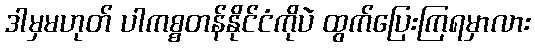
ဒါမှမဟုတ် ပါကစ္စတန်နိုင်ငံကိုပဲ ထွက်ပြေးကြရမှာလား